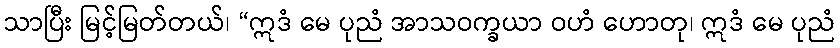
သာပြီး မြင့်မြတ်တယ်၊ “ဣဒံ မေ ပုညံ အာသဝက္ခယာ ဝဟံ ဟောတု၊ ဣဒံ မေ ပုညံ